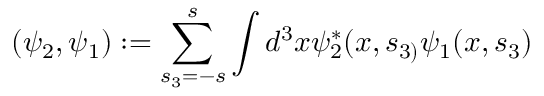
( \psi _ { 2 } , \psi _ { 1 } ) : = \sum _ { s _ { 3 } = - s } ^ { s } \int d ^ { 3 } x \psi _ { 2 } ^ { * } ( x , s _ { 3 ) } \psi _ { 1 } ( x , s _ { 3 } )